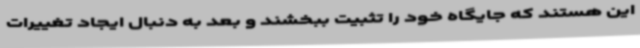
این هستند که جایگاه خود را تثبیت ببخشند و بعد به دنبال ایجاد تغییرات